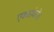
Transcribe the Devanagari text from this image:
एकसंघतेस